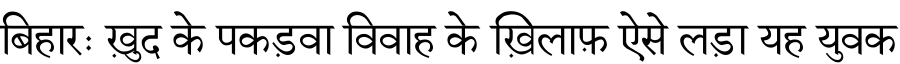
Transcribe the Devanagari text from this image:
बिहारः ख़ुद के पकड़वा विवाह के ख़िलाफ़ ऐसे लड़ा यह युवक